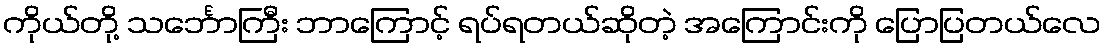
ကိုယ်တို့ သင်္ဘောကြီး ဘာကြောင့် ရပ်ရတယ်ဆိုတဲ့ အကြောင်းကို ပြောပြတယ်လေ